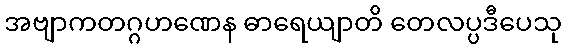
အဗျာကတဂ္ဂဟဏေန ဓာရေယျာတိ တေလပ္ပဒီပေသု